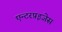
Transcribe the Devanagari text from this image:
एन्टरप्रइजेस